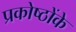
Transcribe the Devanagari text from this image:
प्रकोष्ठोंके